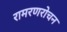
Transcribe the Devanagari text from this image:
रामरणरोचन